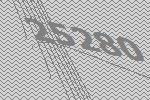
25280